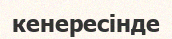
кенересінде